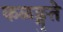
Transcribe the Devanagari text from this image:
कळङ्गुते